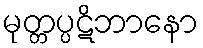
မုတ္တပ္ပဋိဘာနော